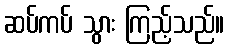
ဆပ်ကပ် သွား ကြည့်သည်။